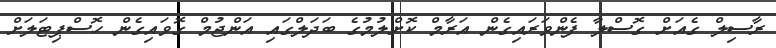
ރާސިލް ގެއަށް ގޮސްލާ ފެންވަރައިގެން އަރާމް ކޮށްލުމުގެ ބަދަލްގައި އަންޖުމް ގޮވައިގެން ހޮސްޕިޓަލަށް